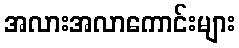
အလားအလာကောင်းများ